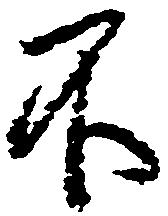
不